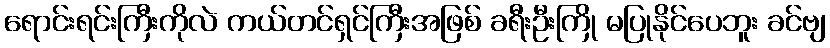
ရောင်းရင်းကြီးကိုလဲ ကယ်တင်ရှင်ကြီးအဖြစ် ခရီးဦးကြို မပြုနိုင်ပေဘူး ခင်ဗျ